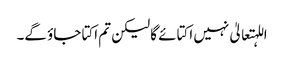
اللہتعالیٰ نہیں اکتائے گا لیکن تم اکتا جاؤ گے۔